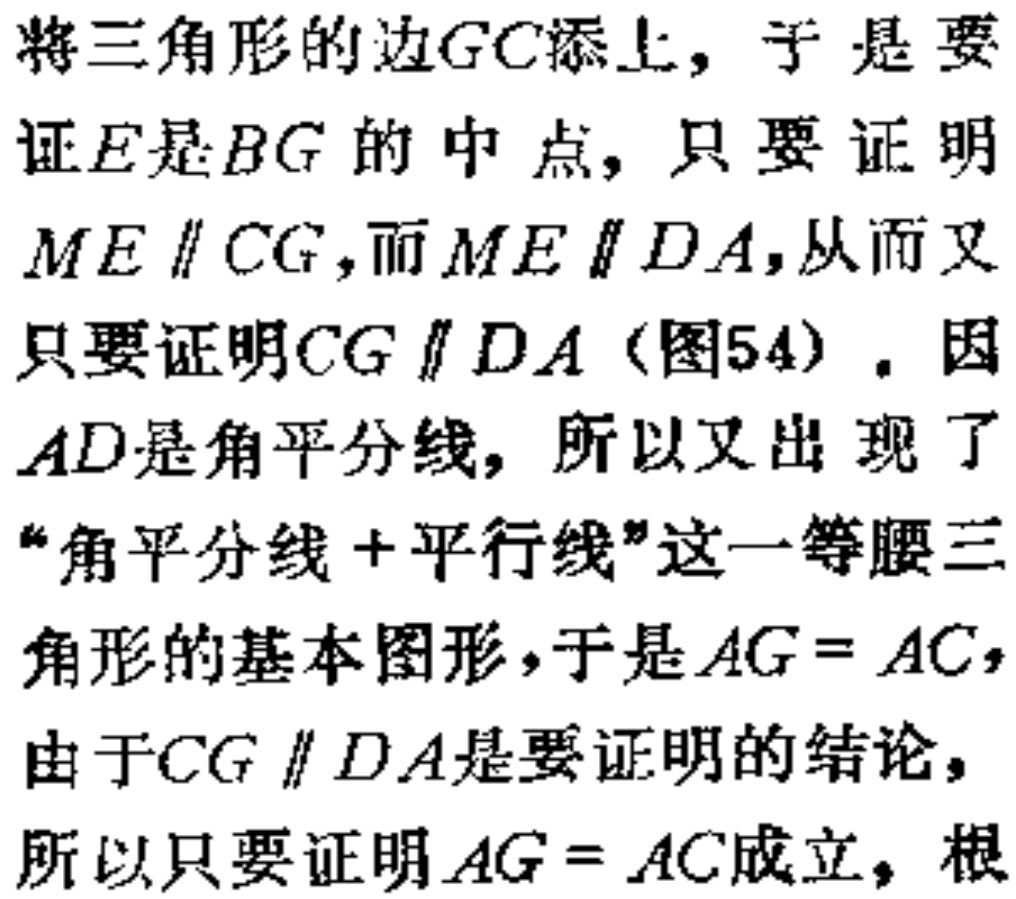
将三角形的边$GC$添上，于是要证$E$是$BG$的中点，只要证明$ME \parallel CG$，而$ME \parallel DA$，从而又只要证明$CG \parallel DA$（图54）. 因$AD$是角平分线，所以又出现了“角平分线+平行线”这一等腰三角形的基本图形，于是$AG = AC$，由于$CG \parallel DA$是要证明的结论，所以只要证明$AG = AC$成立，根